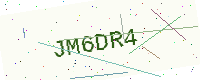
Text: JM6DR4